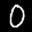
Label: 0